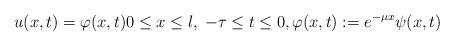
\begin{align*} u(x, t) = \varphi(x, t) 0 \leq x \leq l, \; -\tau \leq t \leq 0, \varphi(x, t) := e^{-\mu x} \psi(x, t) \end{align*}